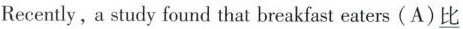
Recently,a study found that breakfast eaters(A)\underline{比}